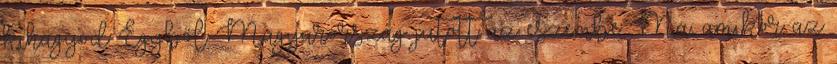
kihagyod Egyből Magyarország jutott az eszembe Ma, amikor az